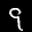
Label: 9